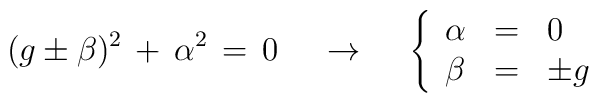
(g\pm\beta )^{2}\,+\,\alpha^{2} \,=\, 0    \hspace{.5cm}\rightarrow\hspace{.5cm}\left\{\begin{array}{lcl}\alpha &=& 0  \\\beta  &=& \pm g\end{array}\right.